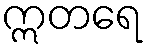
ဣတရေ